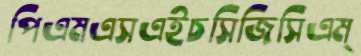
পিএমএসএইচসিজিসিএম্